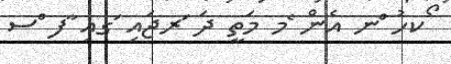
ޯކހު ްނ އެން ެމ މަތީ ދަ ަރޖައި ަގއި ާފ ްސ